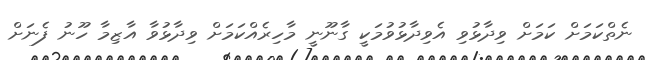
ނެތްކަމަށް ކަމަށް ވިދާޅުވި އެވިދާޅުވުމަކީ ގާނޫނީ މާހިރެއްކަމަށް ވިދާޅުވާ އާޒިމާ ހޫނު ފެނަށް